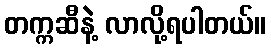
တက္ကဆီနဲ့ လာလို့ရပါတယ်။